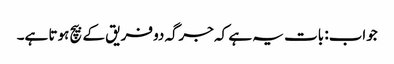
جواب: بات یہ ہے کہ جرگہ دو فریق کے بیچ ہوتا ہے۔